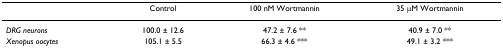
|  | Control | 100 nM Wortmannin | 35 μM Wortmannin |
 | --- | --- | --- | --- |
 | DRG neurons | 100.0 ± 12.6 | 47.2 ± 7.6 ** | 40.9 ± 7.0 ** |
 | Xenopus oocytes | 105.1 ± 5.5 | 66.3 ± 4.6 *** | 49.1 ± 3.2 *** |